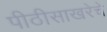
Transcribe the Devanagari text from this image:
पीठीसाखरेचे